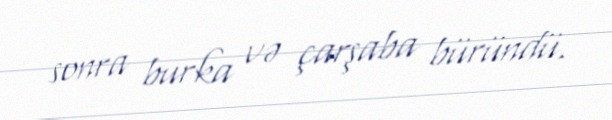
sonra burka və çarşaba büründü.